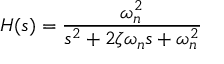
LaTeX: H ( s ) = { \frac { \omega _ { n } ^ { 2 } } { s ^ { 2 } + 2 \zeta \omega _ { n } s + \omega _ { n } ^ { 2 } } }